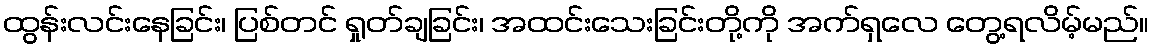
ထွန်းလင်းနေခြင်း၊ ပြစ်တင် ရှုတ်ချခြင်း၊ အထင်းသေးခြင်းတို့ကို အက်ရှလေ တွေ့ရလိမ့်မည်။